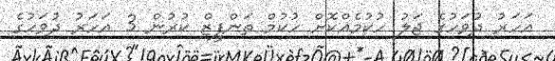
އަހަރު ދުވަހުގެ ޖަލު ހުކުމެއްކޮށް ހުކުމް ތަންފީޒް ކުރުން 3 އަހަރު ދުވަހުގެ